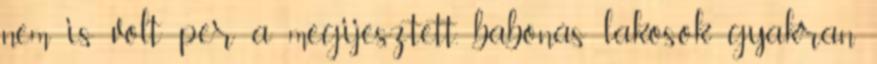
nem is volt per a megijesztett, babonás lakosok gyakran